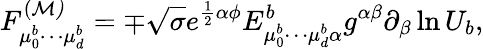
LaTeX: F_{\mu_{0}^{b}\cdots\mu_{d}^{b}}^{(\cal M)}=\mp\sqrt{\sigma}e^{\frac{1}{2}\alpha\phi}E_{\mu_{0}^{b}\cdots\mu_{d}^{b}\alpha}^{b}g^{\alpha\beta}\partial_{\beta}\ln U_{b},